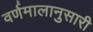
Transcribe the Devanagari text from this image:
वर्णमालानुसारी